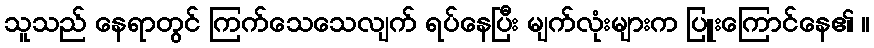
သူသည် နေရာတွင် ကြက်သေသေလျက် ရပ်နေပြီး မျက်လုံးများက ပြူးကြောင်နေ၏ ။